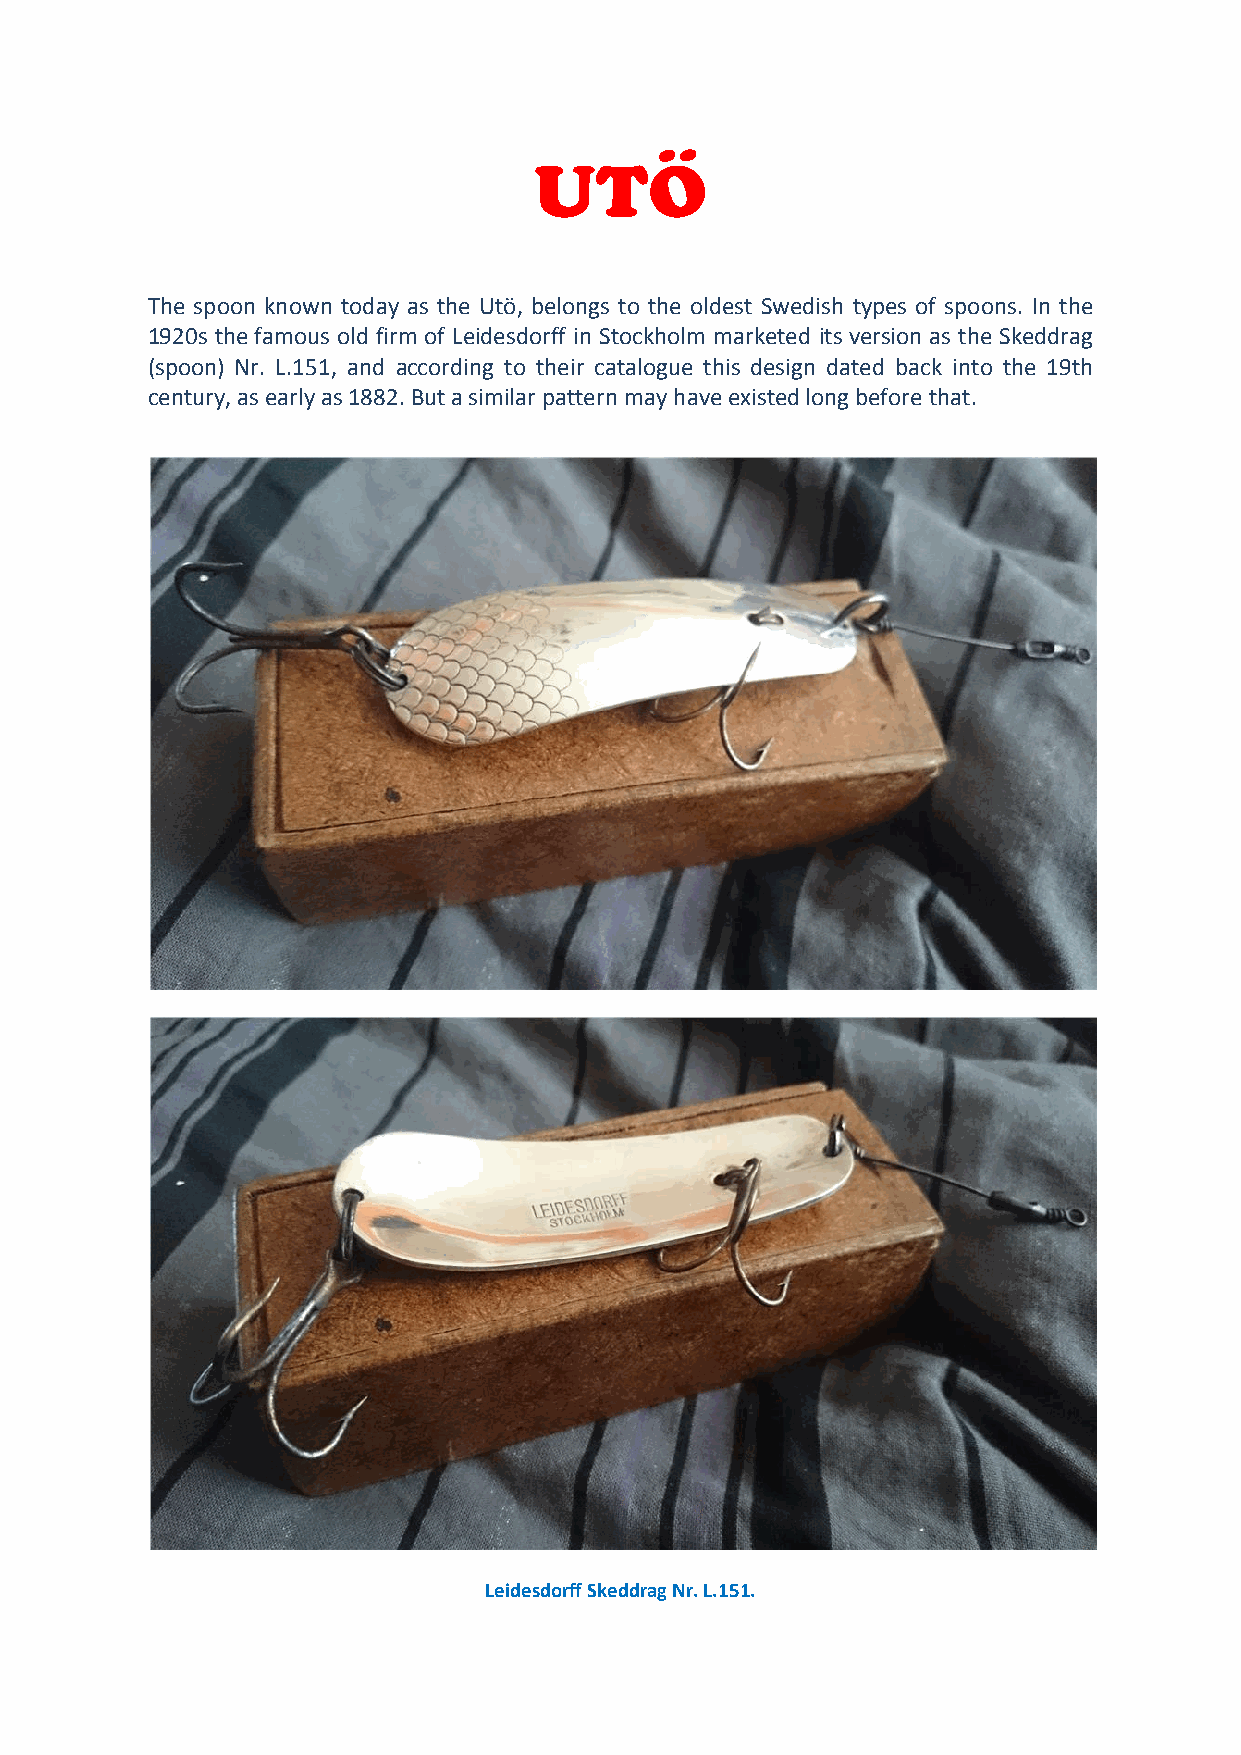
UTÖ
 The spoon known today as the Utö, belongs to the oldest Swedish types of spoons. In the
 1920s the famous old firm of Leidesdorff in Stockholm marketed its version as the Skeddrag
 (spoon) Nr. L.151, and according to their catalogue this design dated back into the 19th
 century, as early as 1882. But a similar pattern may have existed long before that.
 Leidesdorff Skeddrag Nr. L.151.